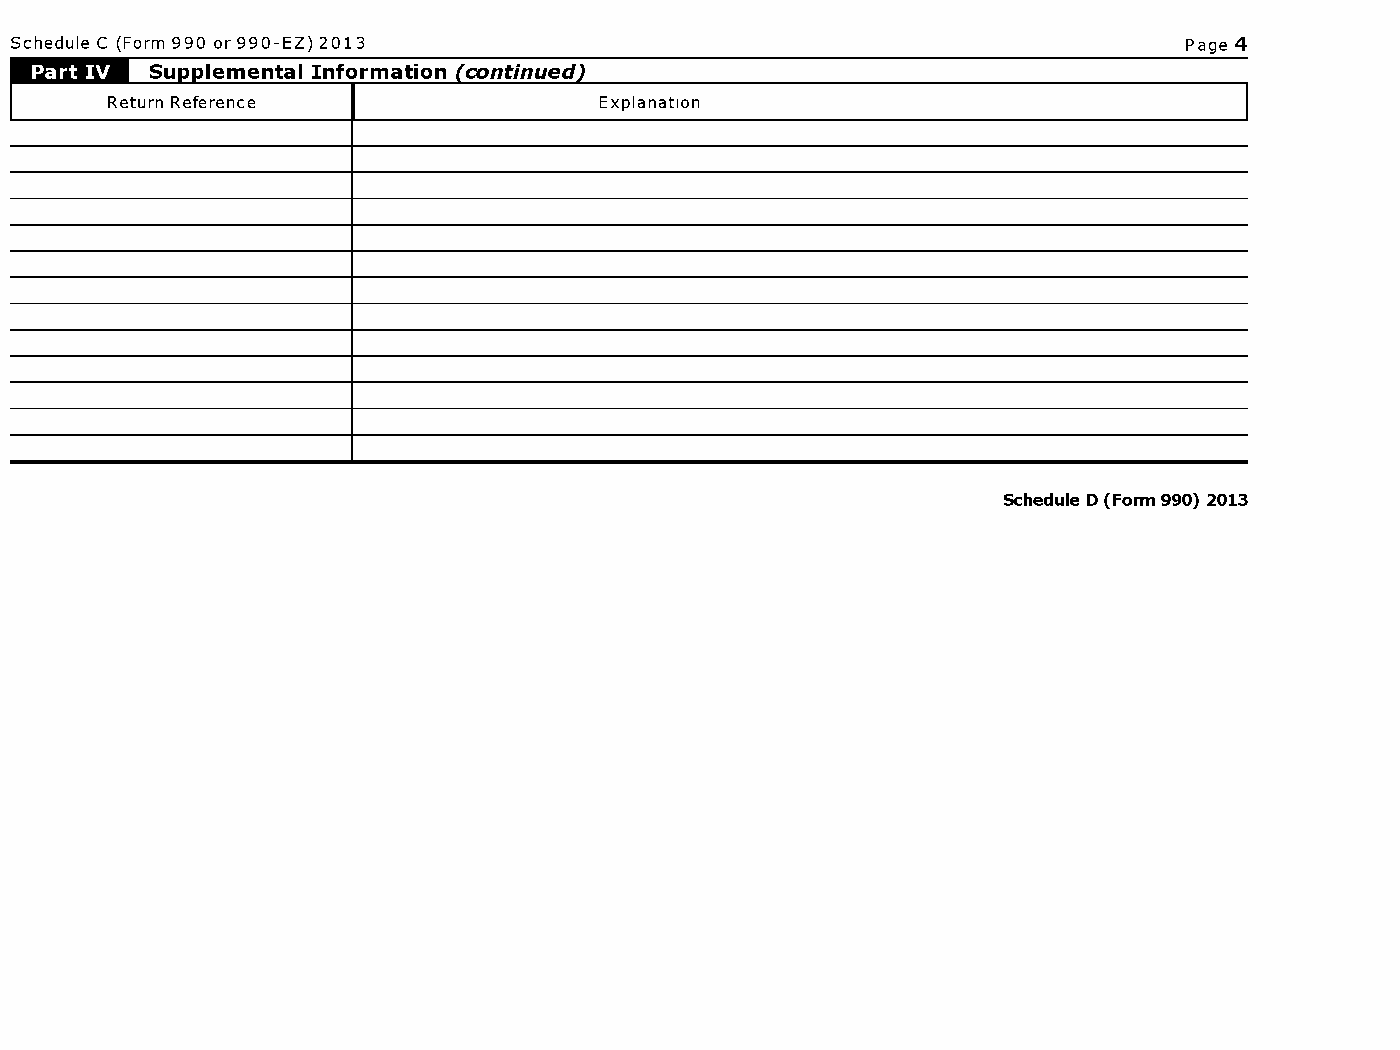
Schedule C (Form 990 or 990-EZ) 2013                                          Page 4
 Schedule D (Form 990) 2013